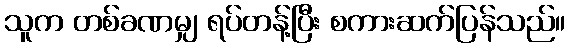
သူက တစ်ခဏမျှ ရပ်တန့်ပြီး စကားဆက်ပြန်သည်။